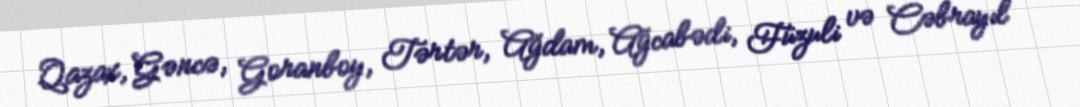
Qazax, Gəncə, Goranboy, Tərtər, Ağdam, Ağcabədi, Füzuli və Cəbrayıl